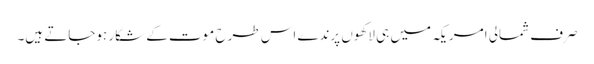
صرف شمالی امریکہ میں ہی لاکھوں پرندے اس طرح موت کے شکار ہوجاتے ہیں۔